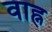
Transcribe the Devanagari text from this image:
वाह्न